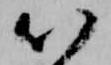
以